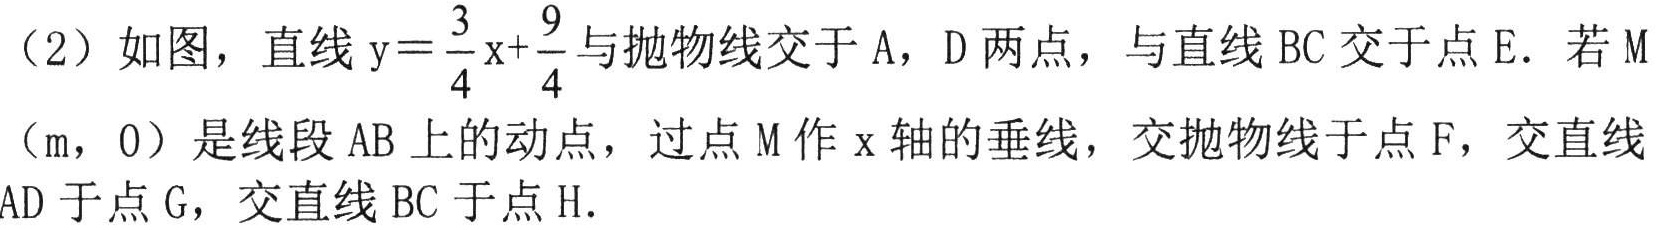
（2）如图，直线\(y = \frac{3}{4}x+\frac{9}{4}\)与抛物线交于\(A\)，\(D\)两点，与直线\(BC\)交于点\(E\)．若\(M\)（\(m\)，\(0\)）是线段\(AB\)上的动点，过点\(M\)作\(x\)轴的垂线，交抛物线于点\(F\)，交直线\(AD\)于点\(G\)，交直线\(BC\)于点\(H\)．